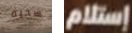
سخية إستلام